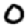
Digit: 0